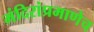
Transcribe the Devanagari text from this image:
मंदिरांप्रमाणेच